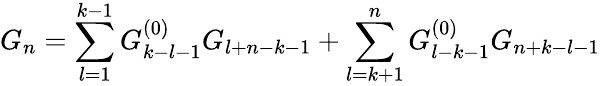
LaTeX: G_{n}=\sum_{l=1}^{k-1}G_{k-l-1}^{(0)}G_{l+n-k-1}+\sum_{l=k+1}^{n}G_{l-k-1}^{(0)}G_{n+k-l-1}